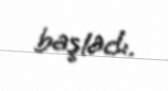
başladı.